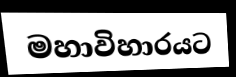
මහාවිහාරයට